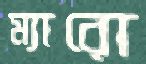
ম্যারো